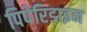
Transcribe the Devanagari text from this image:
पिपेरिडाइन